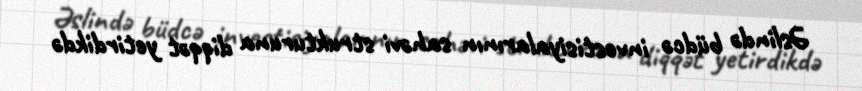
Əslində büdcə investisiyalarının sahəvi strukturuna diqqət yetirdikdə